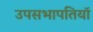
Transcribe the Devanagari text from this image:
उपसभापतियॉ